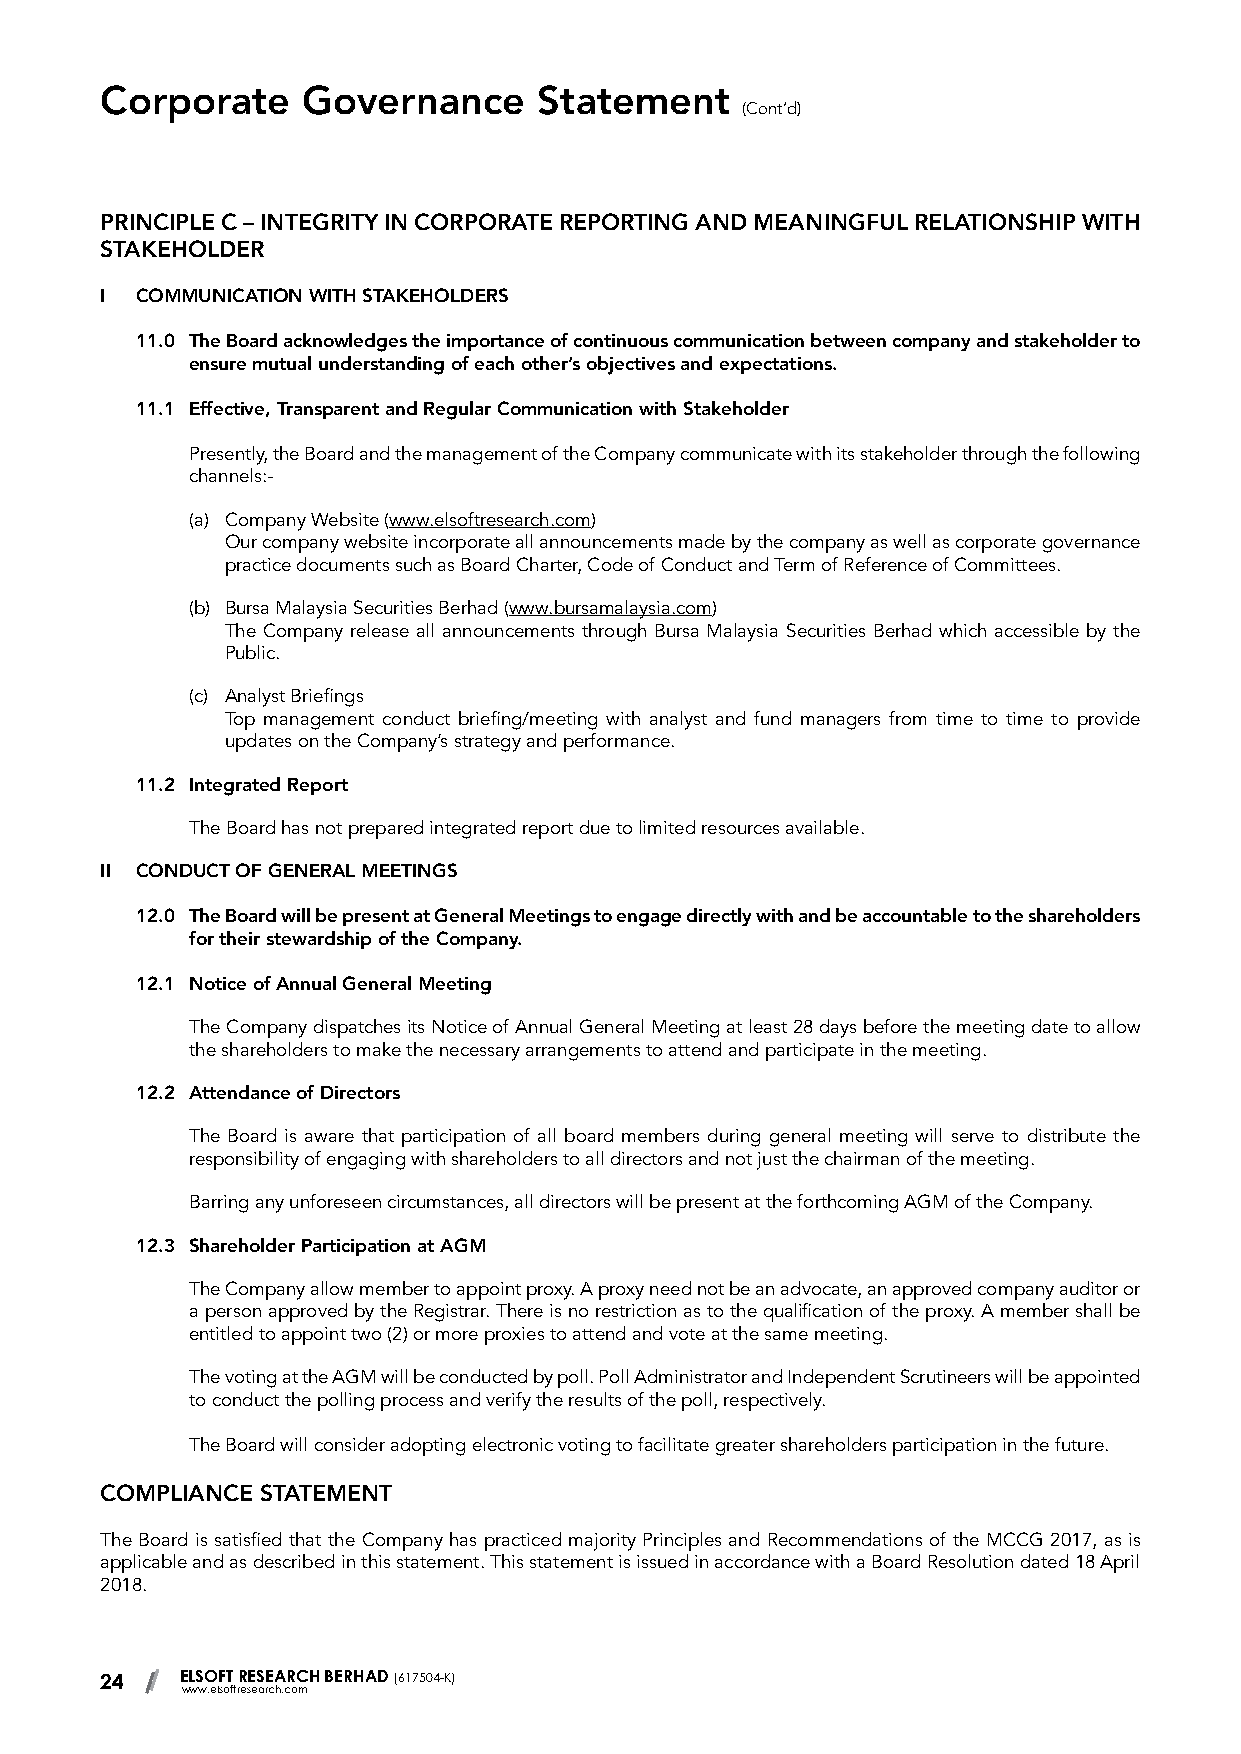
Corporate    Governance      Statement
 (Cont’d)
 PRINCIPLE C – INTEGRITY IN CORPORATE REPORTING AND MEANINGFUL RELATIONSHIP WITH
 STAKEHOLDER
 I COMMUNICATION WITH STAKEHOLDERS
 11.0 The Board acknowledges the importance of continuous communication between company and stakeholder to
 ensure mutual understanding of each other’s objectives and expectations.
 11.1 Effective, Transparent and Regular Communication with Stakeholder
 Presently, the Board and the management of the Company communicate with its stakeholder through the following
 channels:-
 (a) Company Website (www.elsoftresearch.com)
 Our company website incorporate all announcements made by the company as well as corporate governance
 practice documents such as Board Charter, Code of Conduct and Term of Reference of Committees.
 (b) Bursa Malaysia Securities Berhad (www.bursamalaysia.com)
 The Company release all announcements through Bursa Malaysia Securities Berhad which accessible by the
 Public.
 (c) Analyst Briefings
 Top management conduct briefing/meeting with analyst and fund managers from time to time to provide
 updates on the Company’s strategy and performance.
 11.2 Integrated Report
 The Board has not prepared integrated report due to limited resources available.
 II CONDUCT OF GENERAL MEETINGS
 12.0 The Board will be present at General Meetings to engage directly with and be accountable to the shareholders
 for their stewardship of the Company.
 12.1 Notice of Annual General Meeting
 The Company dispatches its Notice of Annual General Meeting at least 28 days before the meeting date to allow
 the shareholders to make the necessary arrangements to attend and participate in the meeting.
 12.2 Attendance of Directors
 The Board is aware that participation of all board members during general meeting will serve to distribute the
 responsibility of engaging with shareholders to all directors and not just the chairman of the meeting.
 Barring any unforeseen circumstances, all directors will be present at the forthcoming AGM of the Company.
 12.3 Shareholder Participation at AGM
 The Company allow member to appoint proxy. A proxy need not be an advocate, an approved company auditor or
 a person approved by the Registrar. There is no restriction as to the qualification of the proxy. A member shall be
 entitled to appoint two (2) or more proxies to attend and vote at the same meeting.
 The voting at the AGM will be conducted by poll. Poll Administrator and Independent Scrutineers will be appointed
 to conduct the polling process and verify the results of the poll, respectively.
 The Board will consider adopting electronic voting to facilitate greater shareholders participation in the future.
 COMPLIANCE STATEMENT
 The Board is satisfied that the Company has practiced majority Principles and Recommendations of the MCCG 2017, as is
 applicable and as described in this statement. This statement is issued in accordance with a Board Resolution dated 18 April
 2018.
 24   ELSOFT RESEARCH BERHAD (617504-K)
 www.elsoftresearch.com